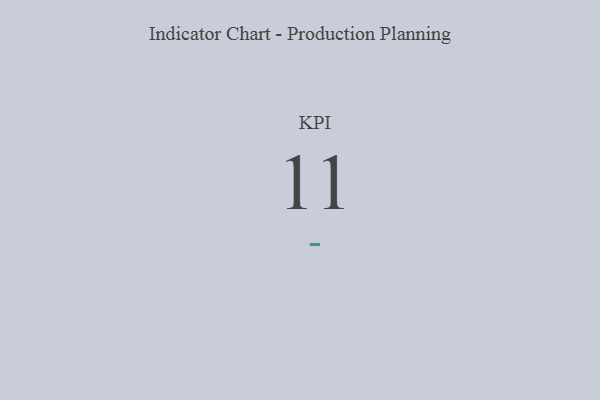
{"axis": {"x": "KPI", "y": "Value"}, "legend": [""], "data": [{"x": "KPI", "y": 11, "type": ""}]}